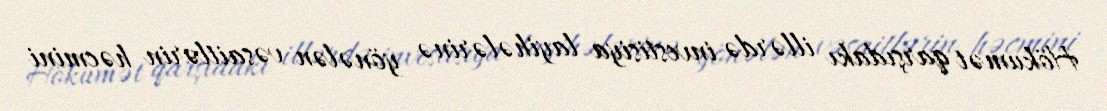
Hökumət qarşıdakı illərdə investisiya layihələrinə yönələn vəsaitlərin həcmini